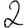
Digit: 2